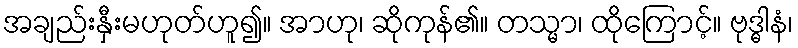
အချည်းနှီးမဟုတ်ဟူ၍။ အာဟု၊ ဆိုကုန်၏။ တသ္မာ၊ ထိုကြောင့်။ ဗုဒ္ဓါနံ၊